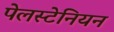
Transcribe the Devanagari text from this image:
पेलस्टेनियन